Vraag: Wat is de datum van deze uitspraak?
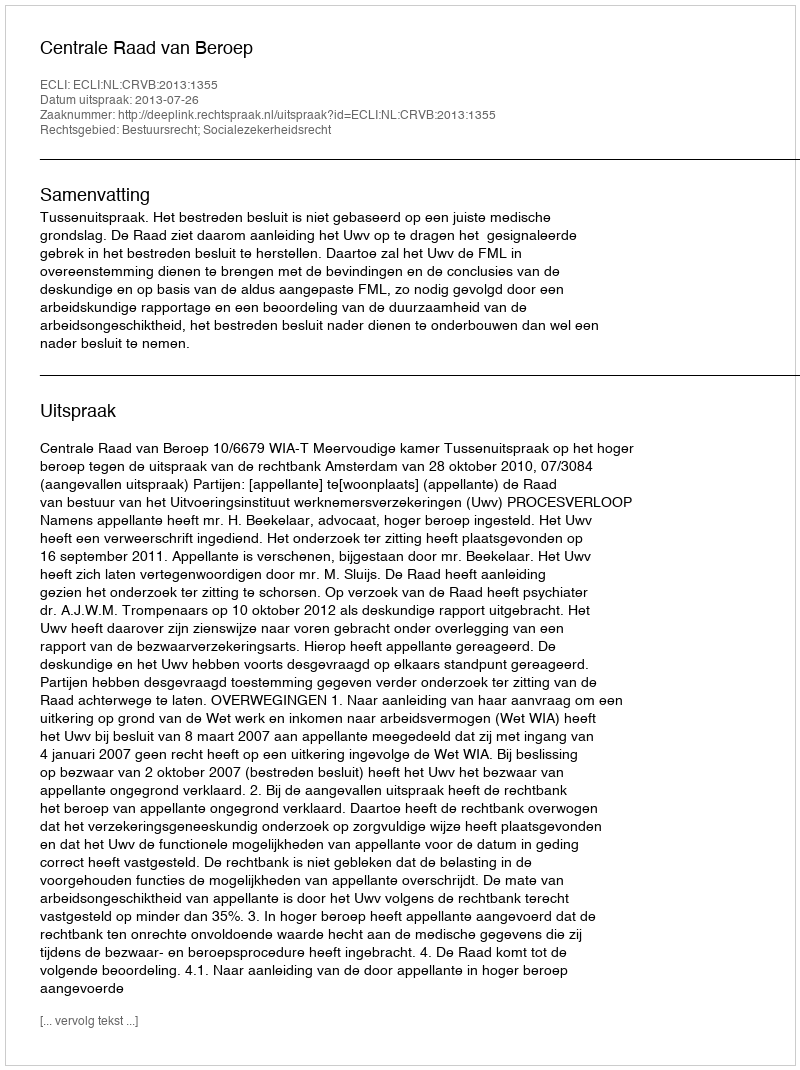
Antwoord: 2013-07-26